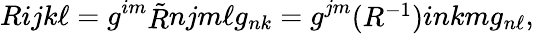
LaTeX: \begin{array}{l}{{R}}\end{array}{ij}{k\ell}=g^{im}\begin{array}{l}{{\tilde{R}}}\end{array}{nj}{m\ell}g_{nk}=g^{jm}\begin{array}{l}{{(R^{-1})}}\end{array}{in}{km}g_{n\ell},